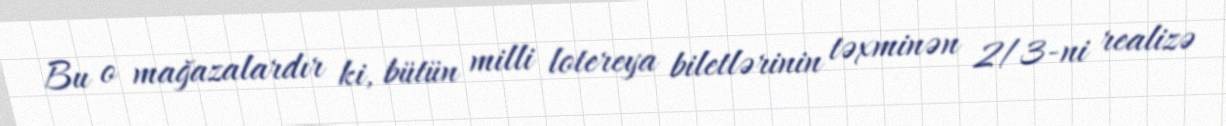
Bu o mağazalardır ki, bütün milli lotereya biletlərinin təxminən 2/3-ni realizə